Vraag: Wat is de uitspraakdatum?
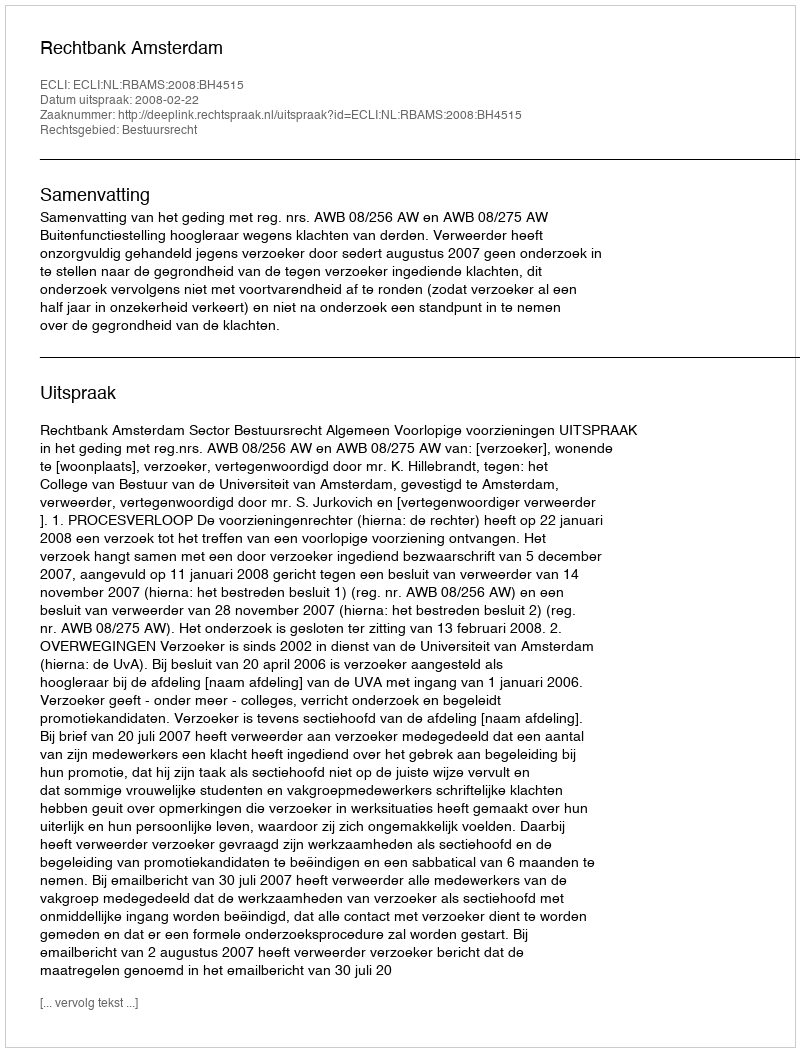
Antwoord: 2008-02-22